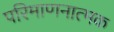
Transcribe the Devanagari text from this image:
परिमाणनात्मक